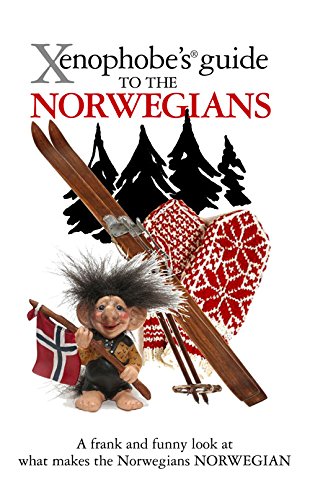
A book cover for The Xenophobe's Guide to the Norwegians; Dan Elloway; Travel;